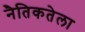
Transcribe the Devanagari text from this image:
नैतिकतेला